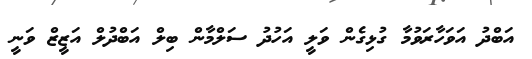
އަބްދު އަވަހާރަވުމާ ގުޅިގެން ވަލީ އަހުދު ސަލްމާން ބިލް އަބްދުލް އަޒީޒް ވަނީ